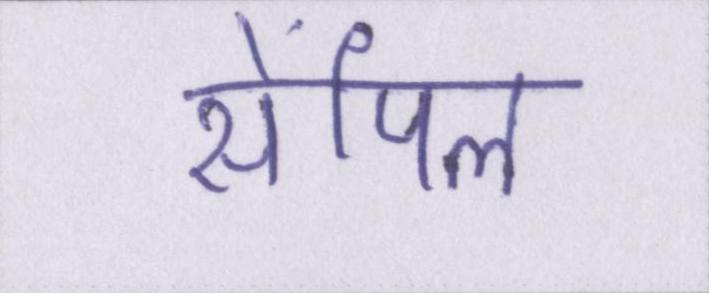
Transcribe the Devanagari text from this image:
सेंपिल